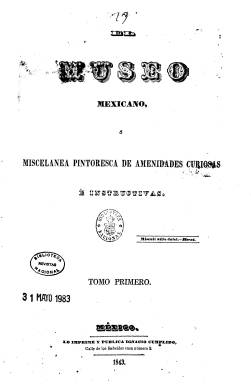
Título: El Museo mexicano, o Miscelánea pintoresca de amenidades curiosas é instructivas
Otros títulos: Miscelánea pintoresca de amenidades curiosas é instructivas
Colección: Literatura || Cultura
Ámbito geográfico: México
Lugar de publicación: Mexico
Fechas: 01/01/1843-31/12/1845

Una de las principales revistas literarias que aparecen en México durante la fuerte censura impuesta a la prensa política por los gobiernos del general Antonio López de Santa Ana (1795-1877). En este caso es impresa y publicada por uno de los más importantes editores mexicanos del siglo XIX, Ignacio Cumplido (1811-1887), que surge como órgano literario de la Academia de Letrán. Estará dirigida en su primera época (1843-1844) por los escritores, que después serán también políticos, el liberal Guillermo Prieto (1818-1897) y Manuel Payno (1810-1897) y, en la segunda (1845), por el jurisconsulto e historiador José María Lacunza (1809-1869).

Será puesta al servicio de la difusión de la naciente cultura nacional mexicana, tal como señala Amada Carolina Pérez, que lleva a cabo un primer estudio aproximativo de la revista en 2005, y tiene como objetivo proporcionar la instrucción popular y “reunir cuantos datos y noticias se puedan sobre los monumentos, literatura e historia de México”, tal como se expresa en sus propias páginas, pero también sus artículos divulgativos serán extensivos a otras áreas geográficas, de ahí su carácter enciclopédico universal.

La mayor parte serán trabajos originales, aunque también insertará traducciones, sobre historia, geografía, historia natural, arqueología, bellas artes, viajes, comercio, industria, adelantos científicos, astronomía, filosofía, moral, biografía, bibliografía, modas, etc. Así como otros de creación literaria (novelas, narraciones dramáticas, composiciones en verso o anécdotas). Especialmente son significativos los estudios sobre la historia de México, de Lacunza, así como los que versan sobre los aspectos costumbristas y de tipos sociales mexicanos.

Como revista ilustrada incorpora grabados de madera y litografías de ciencias naturales, vistas panorámicas, edificios monumentales, tipos costumbristas, retratos de personalidades relevantes, tanto de carácter universal como mexicano e, incluso, llega a incorporar partituras musicales.

Entre sus colaboradores se encuentran Luis de la Rosa y Joaquín Pesado. Debió aparecer quincenalmente en números de 24 páginas y foliación continuada. Su primera época la integran cuatro tomos, y la segunda, uno. Al final de cada uno publica un índice de materias, así como su larga lista de suscriptores.